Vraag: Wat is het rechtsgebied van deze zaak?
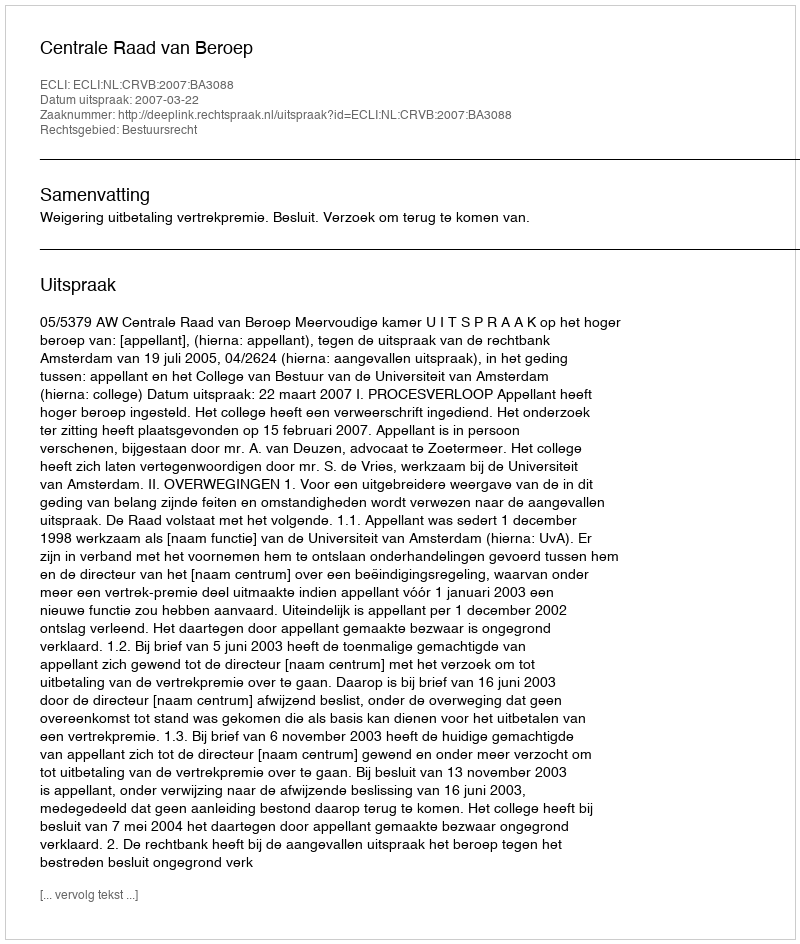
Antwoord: Bestuursrecht